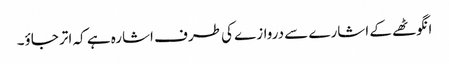
انگوٹھے کے اشارے سے دروازے کی طرف اشارہ ہے کہ اتر جاؤ۔